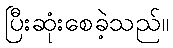
ပြီးဆုံးစေခဲ့သည်။